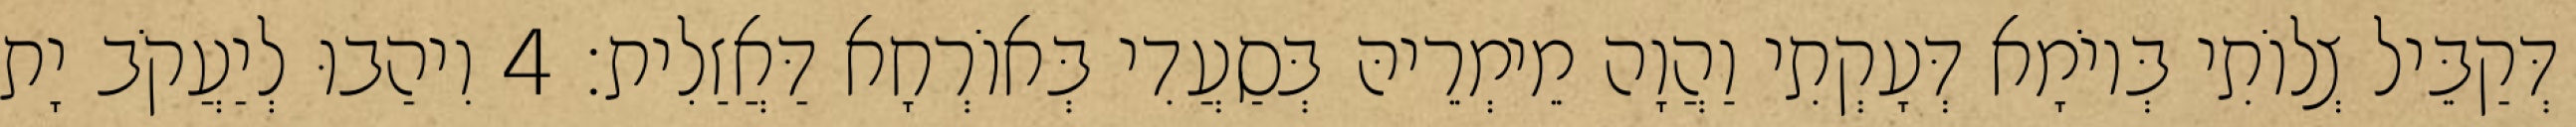
דְּקַבֵּיל צְלוֹתִי בְּיוֹמָא דְּעָקְתִי וַהֲוָה מֵימְרֵיהּ בְּסַעֲדִי בְּאוֹרְחָא דַּאֲזַלִית׃ 4 וִיהַבוּ לְיַעֲקֹב יָת